Report of the Indian Hemp Drugs Commission, 1894-1895 - Volume V
Year: 1894
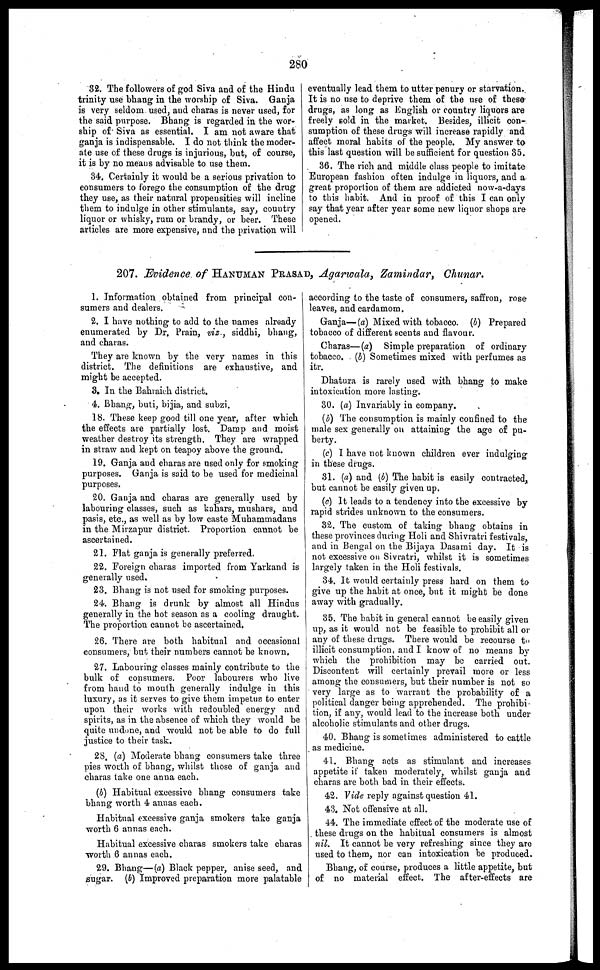
280
32. The followers of god Siva and of the Hindu
trinity use bhang in the worship of Siva. Ganja
is very seldom used, and charas is never used, for
the said purpose. Bhang is regarded in the wor-
ship of Siva as essential. I am not aware that
ganja is indispensable. I do not think the moder-
ate use of these drugs is injurious, but, of course,
it is by no means advisable to use them.
34. Certainly it would be a serious privation to
consumers to forego the consumption of the drug
they use, as their natural propensities will incline
them to indulge in other stimulants, say, country
liquor or whisky, rum or brandy, or beer. These
articles are more expensive, and the privation will
eventually lead them to utter penury or starvation.
It is no use to deprive them of the use of these
drugs, as long as English or country liquors are
freely sold in the market. Besides, illicit con-
sumption of these drugs will increase rapidly and
affect moral habits of the people. My answer to
this last question will be sufficient for question 35.
36. The rich and middle class people to imitate
European fashion often indulge in liquors, and a
great proportion of them are addicted now-a-days
to this habit. And in proof of this I can only
say that year after year some new liquor shops are
opened.
207. Evidence of HANUMAN PRASAD, Agarwala, Zamindar, Chunar.
1. Information obtained from principal con-
sumers and dealers.
2. I have nothing to add to the names already
enumerated by Dr. Prain, viz., siddhi, bhang,
and charas.
They are known by the very names in this
district. The definitions are exhaustive, and
might be accepted.
3. In the Bahraich district.
4. Bhang, buti, bijia, and subzi.
18. These keep good till one year, after which
the effects are partially lost. Damp and moist
weather destroy its strength. They are wrapped
in straw and kept on teapoy above the ground.
19. Ganja and charas are used only for smoking
purposes. Ganja is said to be used for medicinal
purposes.
20. Ganja and charas are generally used by
labouring classes, such as kahars, mushars, and
pasis, etc., as well as by low caste Muhammadans
in the Mirzapur district. Proportion cannot be
ascertained.
21. Flat ganja is generally preferred.
22. Foreign charas imported from Yarkand is
generally used.
23. Bhang is not used for smoking purposes.
24. Bhang is drunk by almost all Hindus
generally in the hot season as a cooling draught.
The proportion cannot be ascertained.
26. There are both habitual and occasional
consumers, but their numbers cannot be known,
27. Labouring classes mainly contribute to the
bulk of consumers. Poor labourers who live
from hand to mouth generally indulge in this
luxury, as it serves to give them impetus to enter
upon their works with redoubled energy and
spirits, as in the absence of which they would be
quite undone, and would not be able to do full
justice to their task.
28. (a) Moderate bhang consumers take three
pies worth of bhang, whilst those of ganja and
charas take one anna each.
(b) Habitual excessive bhang consumers take
bhang worth 4 annas each.
Habitual excessive ganja smokers take ganja
worth 6 annas each.
Habitual excessive charas smokers take charas
worth 6 annas each.
29. Bhang—(a) Black pepper, anise seed, and
sugar. (b) Improved preparation more palatable
according to the taste of consumers, saffron, rose
leaves, and cardamom.
Ganja—(a) Mixed with tobacco. (b) Prepared
tobacco of different scents and flavour.
Charas—(a) Simple preparation of ordinary
tobacco. (b) Sometimes mixed with perfumes as
itr.
Dhatura is rarely used with bhang to make
intoxication more lasting.
30. (a) Invariably in company.
(b) The consumption is mainly confined to the
male sex generally on attaining the age of pu-
berty.
(c) I have not known children ever indulging
in these drugs.
31. (a) and (b) The habit is easily contracted,
but cannot be easily given up.
(c) It leads to a tendency into the excessive by
rapid strides unknown to the consumers.
32. The custom of taking bhang obtains in
these provinces during Holi and Shivratri festivals,
and in Bengal on the Bijaya Dasami day. It is
not excessive on Sivratri, whilst it is sometimes
largely taken in the Holi festivals.
34. It would certainly press hard on them to
give up the habit at once, but it might be done
away with gradually.
35. The habit in general cannot be easily given
up, as it would not be feasible to prohibit all or
any of these drugs. There would be recourse to
illicit consumption, and I know of no means by
which the prohibition may be carried out.
Discontent will certainly prevail more or less
among the consumers, but their number is not so
very large as to warrant the probability of a
political danger being apprehended. The prohibi-
tion, if any, would lead to the increase both under
alcoholic stimulants and other drugs.
40. Bhang is sometimes administered to cattle
as medicine.
41. Bhang acts as stimulant and increases
appetite if taken moderately, whilst ganja and
charas are both bad in their effects.
42. Vide reply against question 41.
43. Not offensive at all.
44. The immediate effect of the moderate use of
these drugs on the habitual consumers is almost
nil. It cannot be very refreshing since they are
used to them, nor can intoxication be produced.
Bhang, of course, produces a little appetite, but
of no material effect. The after-effects are